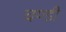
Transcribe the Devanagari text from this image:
चण्‍डी